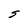
Character: S